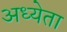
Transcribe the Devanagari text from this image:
अध्‍येता